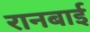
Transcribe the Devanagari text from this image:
रानबाई